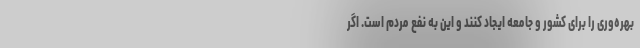
بهره‌وری را برای کشور و جامعه ایجاد کنند و این به نفع مردم است. اگر